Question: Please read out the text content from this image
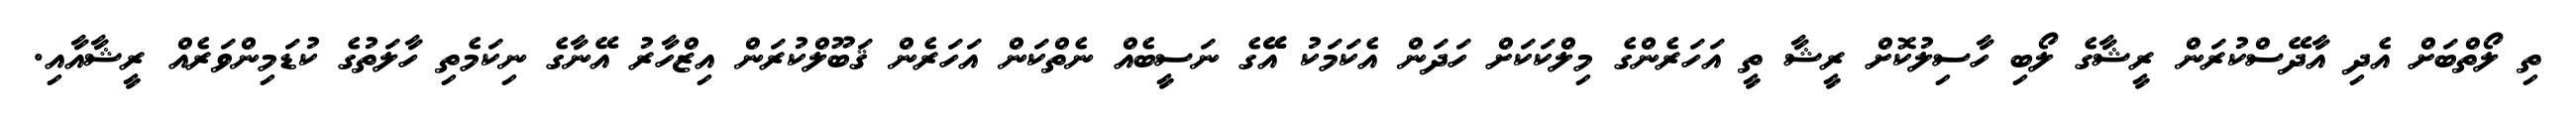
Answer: ތި ލޯތްބަށް އެދި އާދޭސްކުރަން ރީޝާގެ ލޯބި ހާސިލުކޮށް ރީޝާ ތީ އަހަރެންގެ މިލްކަކަށް ހަދަން އެކަމަކު އޭޭގެ ނަސީބެއް ނެތްކަން އަހަރެން ޤަބޫލްކުރަން އިޒްހާރު އޭނާގެ ނިކަމެތި ހާލަތުގެ ކުޑަމިންވަރެއް ރީޝާއާއި.